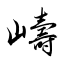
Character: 嶹